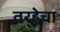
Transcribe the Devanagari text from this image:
तर्‍हेचा